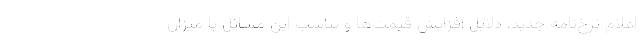
اعلام نرخ‌نامه جدید، دلایل افزایش قیمت‌ها و تناسب این مسائل با میزان